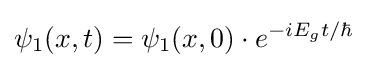
\psi _{1}(x,t)=\psi _{1}(x,0)\cdot e^{-iE_{g}t/\hbar }